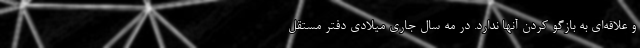
و علاقه‌ای به بازگو کردن آنها ندارد. در مه سال جاری میلادی دفتر مستقل